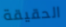
الحقيقة